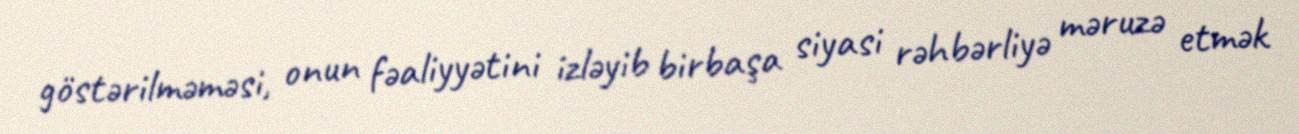
göstərilməməsi, onun fəaliyyətini izləyib birbaşa siyasi rəhbərliyə məruzə etmək